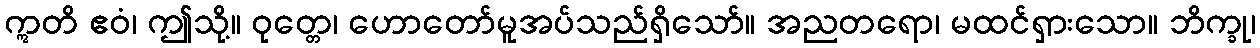
ဣတိ ဧဝံ၊ ဤသို့။ ဝုတ္တေ၊ ဟောတော်မူအပ်သည်ရှိသော်။ အညတရော၊ မထင်ရှားသော။ ဘိက္ခု၊